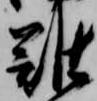
難